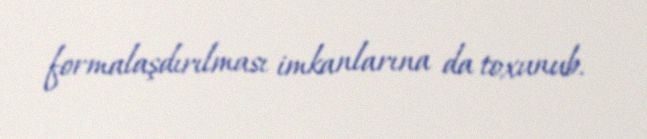
formalaşdırılması imkanlarına da toxunub.